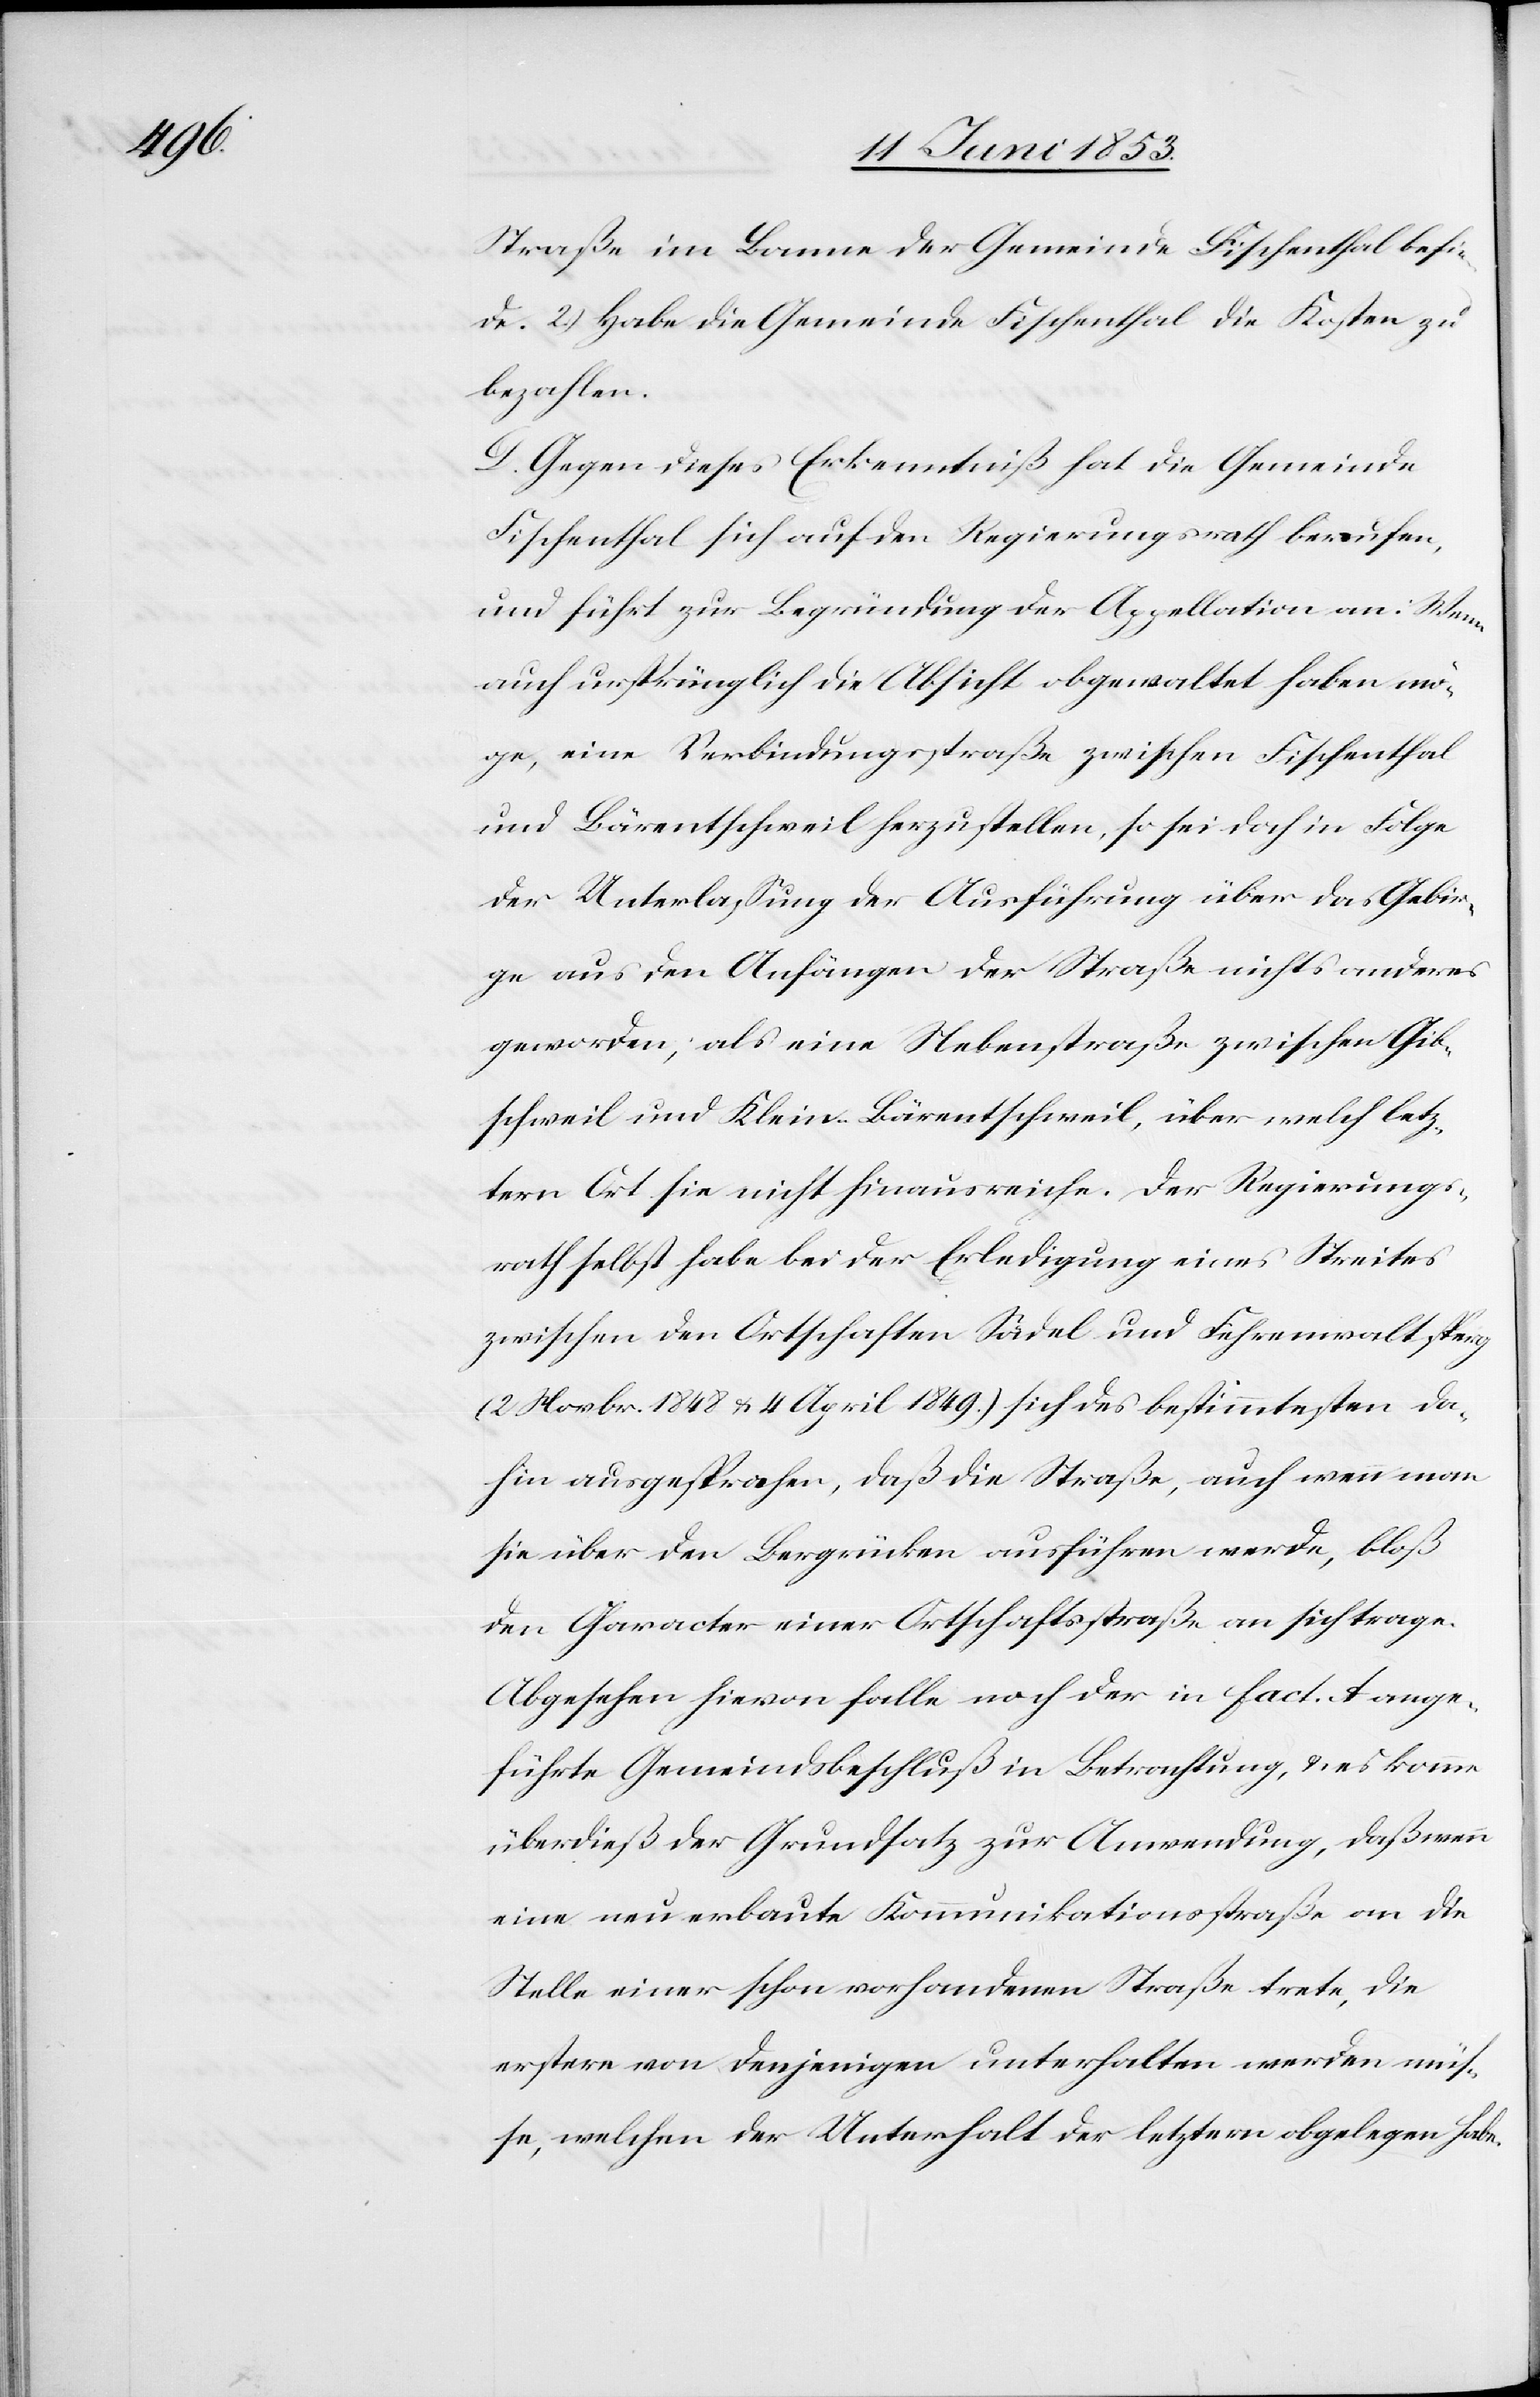
Straße im Banne der Gemeinde Fischenthal befin¬
de. 2.) Habe die Gemeinde Fischenthal die Kosten zu
bezahlen.
D. Gegen dieses Erkenntniß hat die Gemeinde
Fischenthal sich auf den Regierungsrath berufen,
und führt zur Begründung der Appellation an: Wenn
auch ursprünglich die Absicht obgewaltet haben mö¬
ge, eine Verbindungsstraße zwischen Fischenthal
und Bärentschweil herzustellen, so sei doch in Folge
der Unterlaßung der Ausführung über das Gebir¬
ge aus den Anfängen der Straße nichts anderes
geworden, als eine Nebenstraße zwischen Gib¬
schweil und Klein-Bärentschweil, über welch letz¬
tern Ort sie nicht hinausweiche. Der Regierungs¬
rath selbst habe bei der Erledigung eines Streites
zwischen den Ortschaften Sädel und Fehrenwaltsperg
(2 Novbr. 1848 u. 4 April 1849) sich des bestimmtesten da¬
hin ausgesprochen, daß die Straße, auch wenn man
sie über den Bergrücken ausführen werde, bloß
den Character einer Ortschaftsstraße an sich trage.
Abgesehen hievon falle noch der in fact. A ange¬
führte Gemeindsbeschluß in Betrachtung, u. es komme
überdieß der Grundsatz zur Anwendung, daß wenn
eine neu erbaute Kommunikationsstraße an die
Stelle einer schon vorhandenen Straße trete, die
erstere von denjenigen unterhalten werden mü¬
ße, welchen der Unterhalt der letztern obgelegen habe.